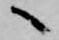
へ